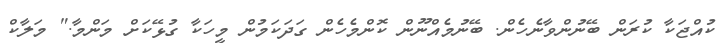
ކުއްޖަކާ ކުރަން ބޭނުންވާނެހެން. ބޭނުމެއްނޫން ކޮންމެހެން ގަދަކަމުން މީހަކާ ގުޅޭކަށް މަންމާ." މަލާކް